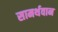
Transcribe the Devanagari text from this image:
सामर्थवान